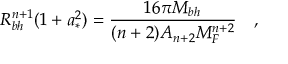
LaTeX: R _ { b h } ^ { n + 1 } ( 1 + a _ { * } ^ { 2 } ) = \frac { 1 6 \pi M _ { b h } } { ( n + 2 ) A _ { n + 2 } M _ { F } ^ { n + 2 } } \quad ,